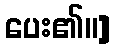
ပေး၏။]